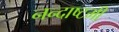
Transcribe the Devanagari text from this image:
नन्दाष्टमी